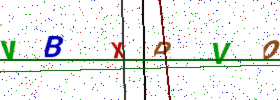
Text: VBXPVO